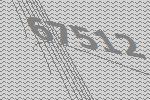
67512